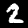
Label: 2